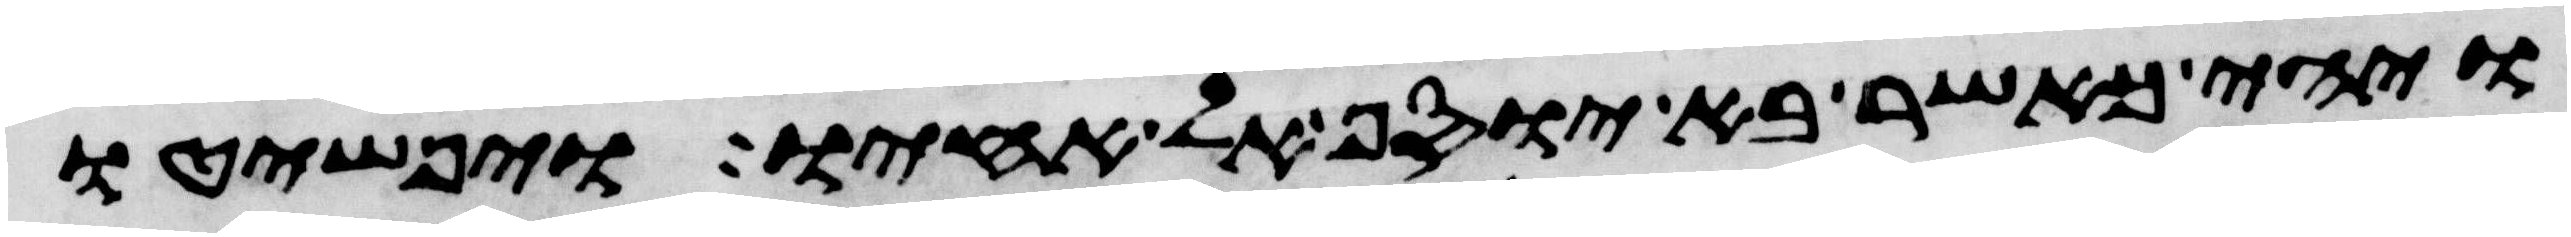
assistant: ויהי כאשר בא יוסף אל אחיו ויפשטו